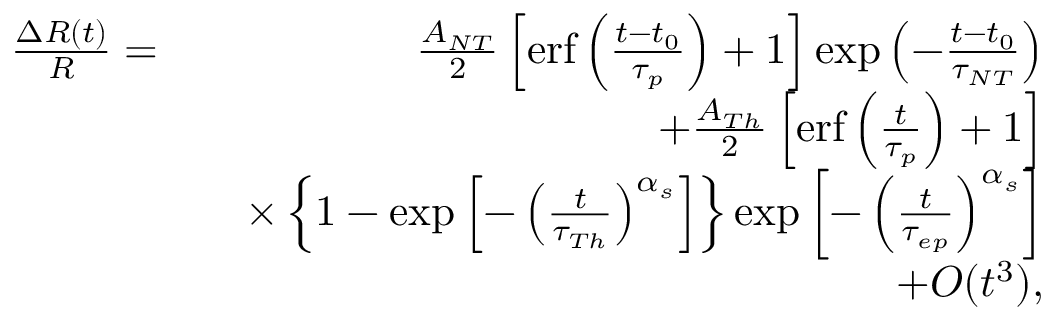
\begin{array} { r l r } { \frac { \Delta R ( t ) } { R } = } & { } & { \frac { A _ { N T } } { 2 } \left[ \mathrm { e r f } \left( \frac { t - t _ { 0 } } { \tau _ { p } } \right) + 1 \right] \exp \left( - \frac { t - t _ { 0 } } { \tau _ { N T } } \right) } \\ & { } & { + \frac { A _ { T h } } { 2 } \left[ \mathrm { e r f } \left( \frac { t } { \tau _ { p } } \right) + 1 \right] } \\ & { } & { \times \left\{ 1 - \exp \left[ - \left( \frac { t } { \tau _ { T h } } \right) ^ { \alpha _ { s } } \right] \right\} \exp \left[ - \left( \frac { t } { \tau _ { e p } } \right) ^ { \alpha _ { s } } \right] } \\ & { } & { + O ( t ^ { 3 } ) , } \end{array}